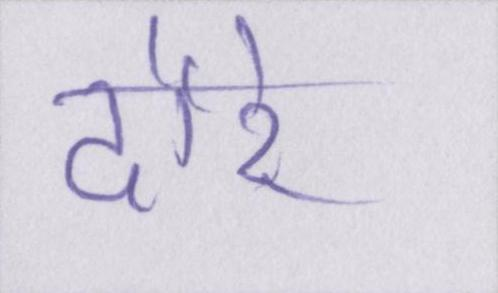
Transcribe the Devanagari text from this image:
दौरे